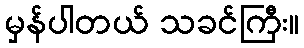
မှန်ပါတယ် သခင်ကြီး။